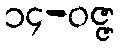
၁၄-ဝဇ္ဇ